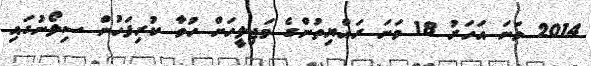
2014 ވަނަ އަހަރު 18 ވަނަ ރައްޔިތުންގެ މަޖިލީހަށް ހުވާ ކުރިފަހުން ސިލޯނުގައި